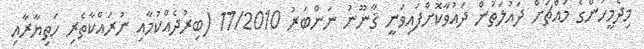
މިދެމީހުންގެ މައްޗަށް ދައުލަތުން ދައުވާކޮށްފައިވަނީ ޤާނޫނު ނަންބަރު 17/2010 (ބިރުދެއްކުމާއި ނުރައްކާތެރި ހަތިޔާރާއި